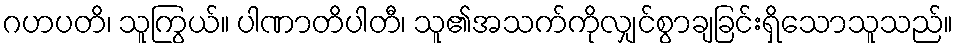
ဂဟပတိ၊ သူကြွယ်။ ပါဏာတိပါတီ၊ သူ၏အသက်ကိုလျှင်စွာချခြင်းရှိသောသူသည်။